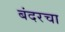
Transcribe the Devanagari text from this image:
बंदरचा